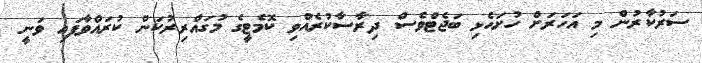
ސަރުކާރުން މި އަހަރަށް ހުށަހެޅި ބަޖެޓްވެސް ދިރާސާކުރެއްވި ކޮމެޓީގެ މުގައްރިރުކަން ކުރައްވާފައި ވަނީ